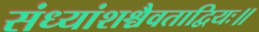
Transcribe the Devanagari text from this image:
संध्यांशश्चैवताद्वियः॥